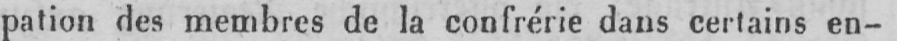
pation des membres de la confrérie dans certains en-